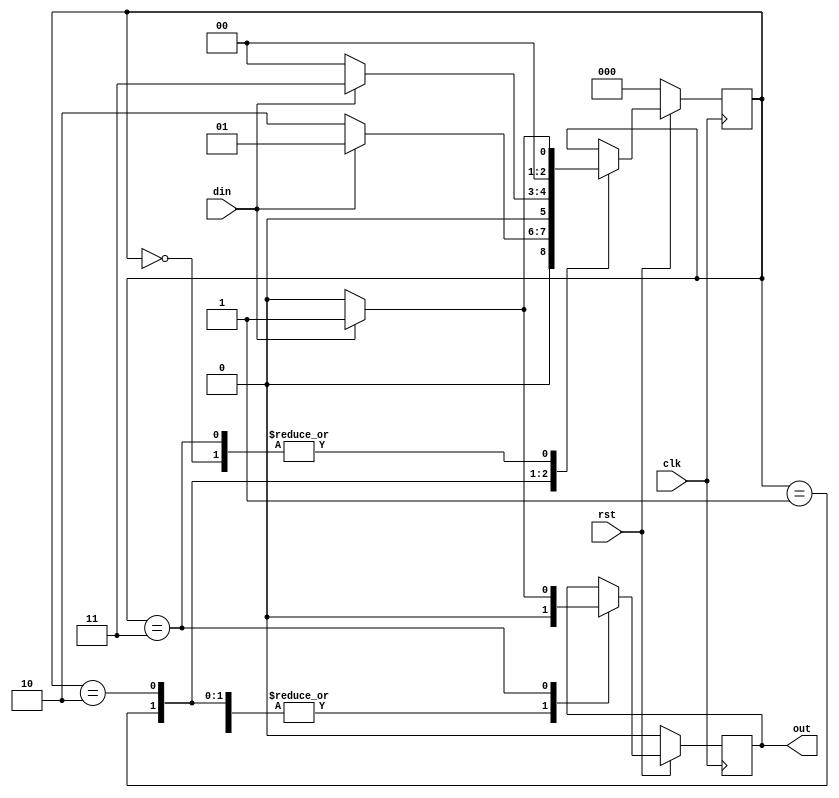
`timescale 1ns / 1ps

module mealy1011(input clk,rst,din,output reg out  );
parameter s0=3'b000,
          s1=3'b001,
          s2=3'b010,
          s3=3'b011;         
reg [2:0]state;
always@(posedge clk)
if(rst==0)
state<=s0;
else
case(state)
s0: if(din==1'b1)   state<=s1;
    else state<=s0;
s1: if(din==1'b0)   state<=s2;
    else state<=s1;
s2:if(din==1'b1)    state<=s3;
    else state<=s0;
s3:if(din==1'b1)    state<=s1;
    else state<=s0;
endcase
always@(posedge clk)
if(rst==0)
out<=0;
else
case(state)
s0:out<=0;
s1:out<=0;
s2:out<=0;
s3:if(din==1)out<=1;
    else out<=0;
endcase
endmodule